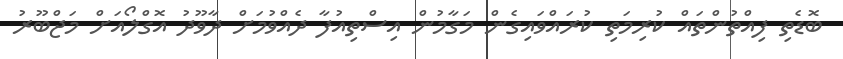
ބޮޑެތި ފިއްތުންތައް ކުރިމަތި ކުރައްވައިގެން މަގާމުން އިސްތިއުފާ ދެއްވުމަށް ދާވޫދު އޮގްލޯއަށް މަޖްބޫރު